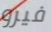
فيرو